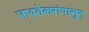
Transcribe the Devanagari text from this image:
जावडेकरांपासून